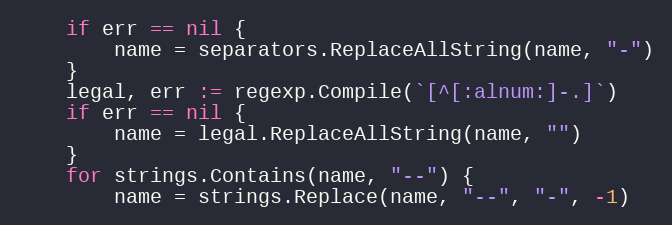
Language: Go
	if err == nil {
		name = separators.ReplaceAllString(name, "-")
	}
	legal, err := regexp.Compile(`[^[:alnum:]-.]`)
	if err == nil {
		name = legal.ReplaceAllString(name, "")
	}
	for strings.Contains(name, "--") {
		name = strings.Replace(name, "--", "-", -1)